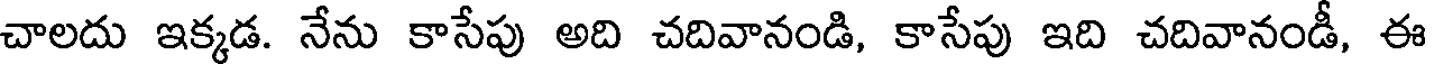
చాలదు ఇక్కడ. నేను కాసేపు అది చదివానండి, కాసేపు ఇది చదివానండీ, ఈ